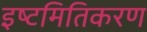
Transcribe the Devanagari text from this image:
इष्‍टमितिकरण